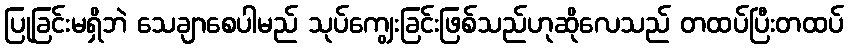
ပြုခြင်းမရှိဘဲ သေချာစေပါမည် သုပ်ကျွေးခြင်းဖြစ်သည်ဟုဆိုလေသည် တထပ်ပြီးတထပ်